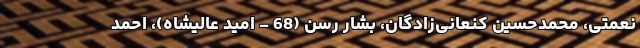
نعمتی، محمدحسین کنعانی‌زادگان، بشار رسن (68 - امید عالیشاه)، احمد